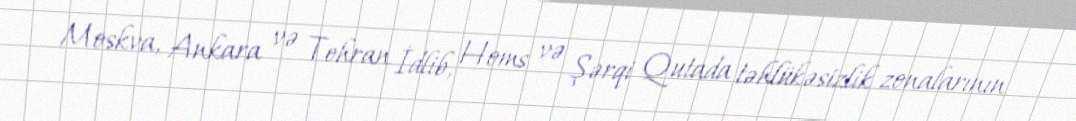
Moskva, Ankara və Tehran İdlib, Homs və Şərqi Qutada təhlükəsizlik zonalarının